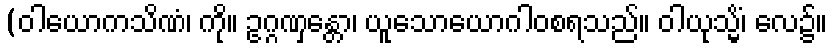
(ဝါယောကသိဏံ၊ ကို။ ဥဂ္ဂဏှန္တော၊ ယူသောယောဂါဝစရသည်။ ဝါယုသ္မိံ၊ လေ၌။